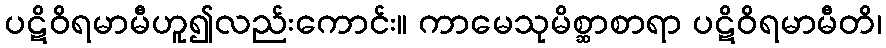
ပဋိဝိရမာမီဟူ၍လည်းကောင်း။ ကာမေသုမိစ္ဆာစာရာ ပဋိဝိရမာမီတိ၊